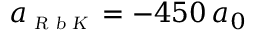
a _ { \scriptscriptstyle \textsl { R b K } } = - 4 5 0 \, a _ { 0 }